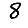
Digit: 8